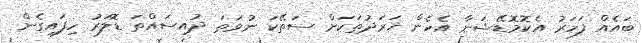
ބައެއް ފަހަރު އެކޮމޮޑޭޝަނާ އެހެން ޚަރަދުތަކަށް ސަތޭކަ ނުވަތަ ދުއިސައްތަ ޑޮލަރު ހިފައިގެން